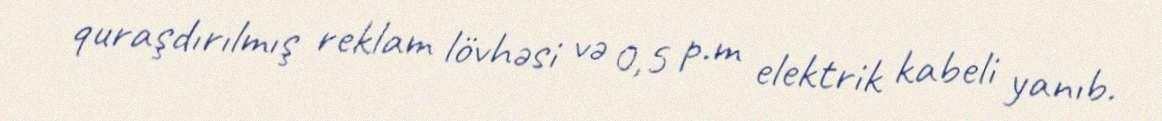
quraşdırılmış reklam lövhəsi və 0,5 p.m elektrik kabeli yanıb.